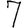
Digit: 7